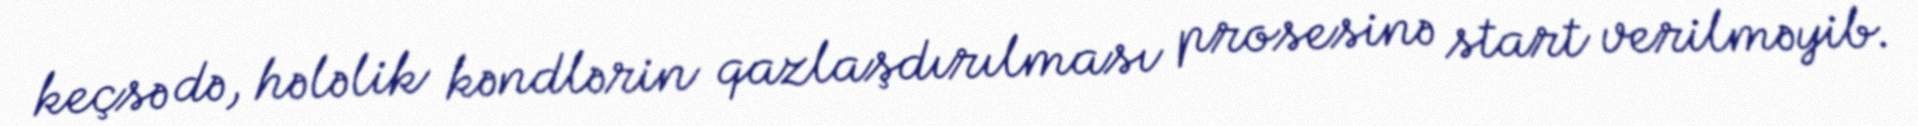
keçsə də, hələlik kəndlərin qazlaşdırılması prosesinə start verilməyib.